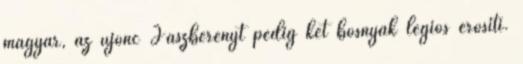
magyar, az újonc Jászberényt pedig két bosnyák légiós erősíti.